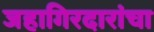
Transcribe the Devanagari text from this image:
जहागिरदारांचा